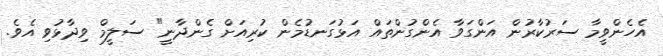
އެހެންވީމާ ސަރުކާރުން އަންގަވާ އެންގުންތައް އަޅުގަނޑުމެން ކުރިއަށް ގެންދާނީ" ސަލީމް ވިދާޅުވި އެވެ.